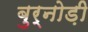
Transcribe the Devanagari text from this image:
बुर्नोड़ी